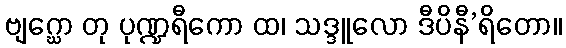
ဗျဂ္ဃော တု ပုဏ္ဍရီကော ထ၊ သဒ္ဒူလော ဒီပိနီ’ရိတော။